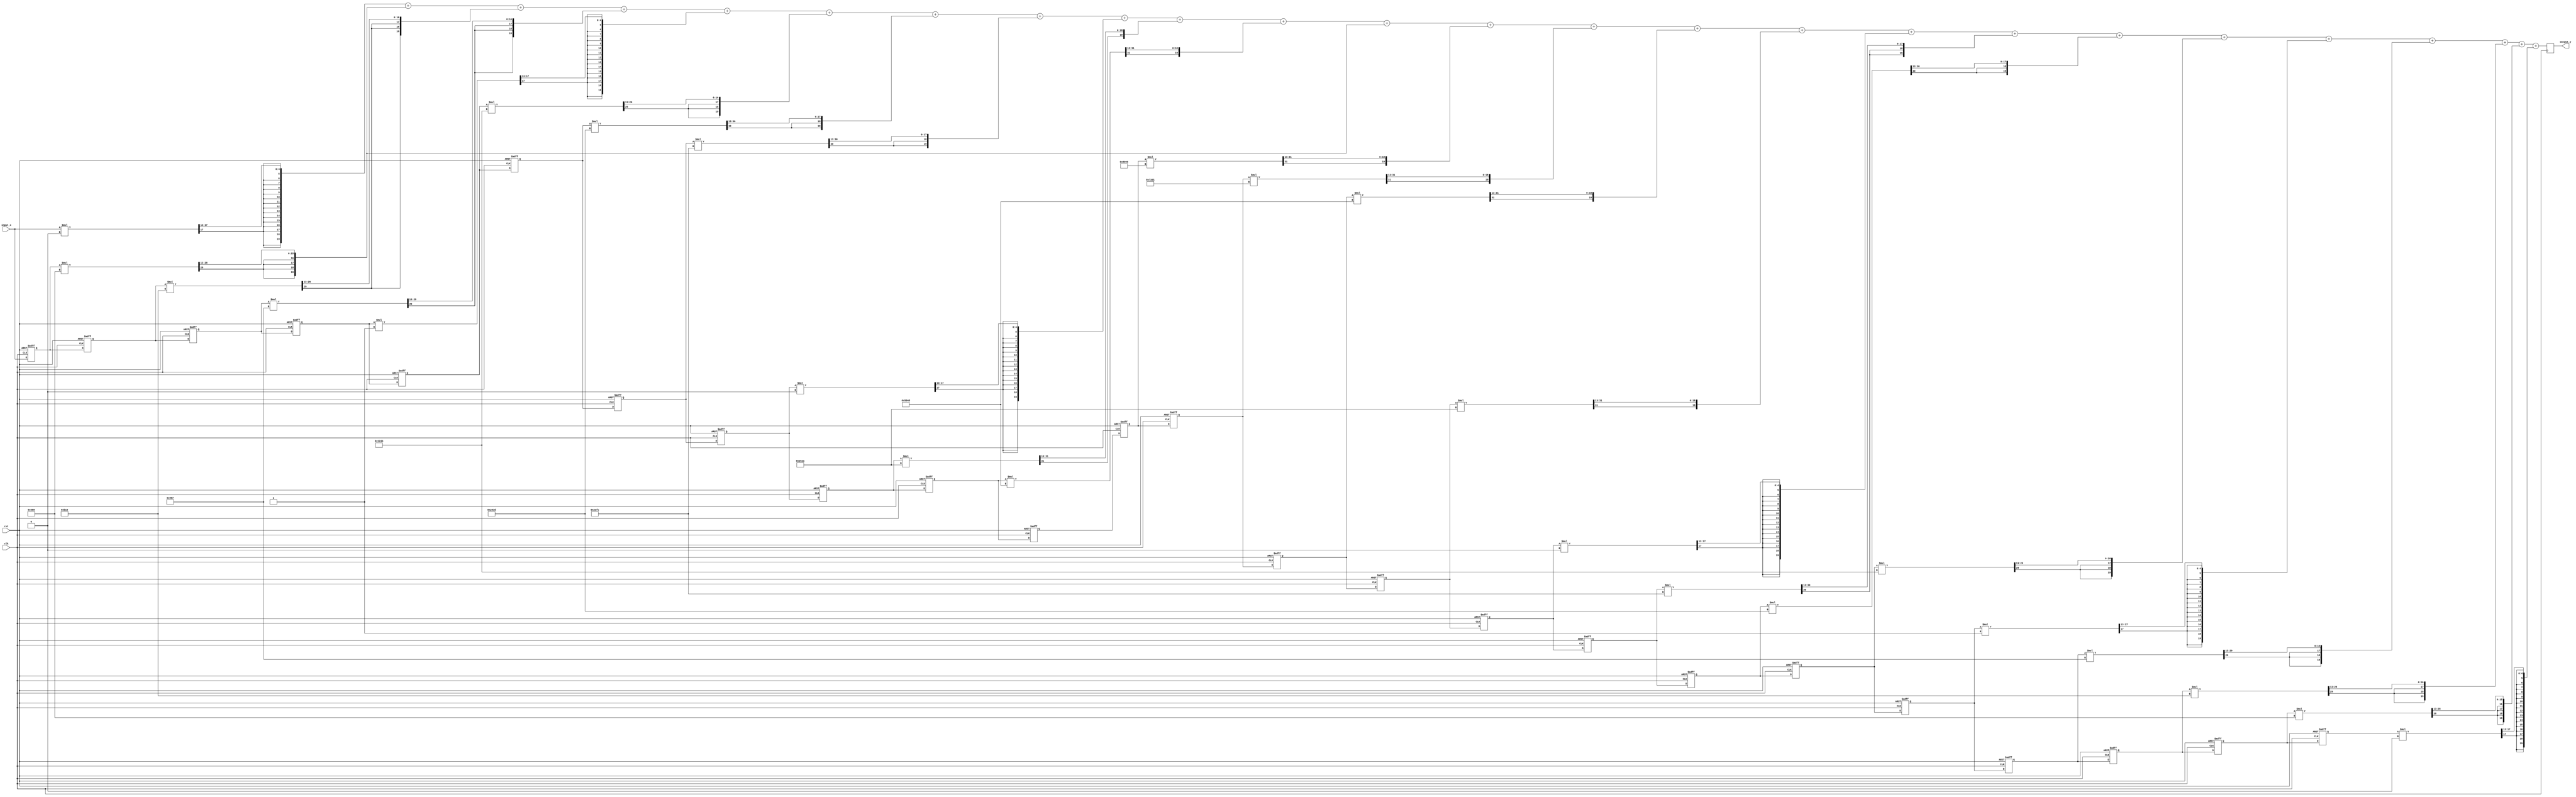
`timescale 1ns / 1ps
//////////////////////////////////////////////////////////////////////////////////
// Company: 
// Engineer: 
// 
// Design Name: 
// Module Name: direct_form
// Project Name: 
// Target Devices: 
// Tool Versions: 
// Description: 
// 
// Dependencies: 
// 
// Revision:
// Revision 0.01 - File Created
// Additional Comments:
// 
//////////////////////////////////////////////////////////////////////////////////


module direct_form( clk, rst, input_x, output_y );
    input clk, rst;
    input signed [16:0] input_x;
    output signed [19:0] output_y;
    reg signed [19:0] output_y;
    wire signed [19:0] direct_output_y;
    reg signed [16:0] directform_reg [0:23];
    wire signed [16:0] h [0:24];
//    wire signed [33:0] w [0:24];
    wire signed [33:0] w0,w1,w2,w3,w4,w5,w6,w7,w8,w9,w10,
                      w11,w12,w13,w14,w15,w16,w17,w18,w19,
                      w20,w21,w22,w23,w24;
//    wire signed [19:0] w_trun [0:24];
    wire signed [19:0] w_trun0,w_trun1,w_trun2,w_trun3,w_trun4,w_trun5,w_trun6,w_trun7,w_trun8,w_trun9,w_trun10,
                      w_trun11,w_trun12,w_trun13,w_trun14,w_trun15,w_trun16,w_trun17,w_trun18,w_trun19,w_trun20,
                      w_trun21,w_trun22,w_trun23,w_trun24;
    wire signed [19:0] add_out [0:22];
    
    // coefficient
    assign h[0] = 0;
    assign h[1] = 1673;
    assign h[2] = 2838;
    assign h[3] = 2407;
    assign h[4] = -1;
    assign h[5] = -3509;
    assign h[6] = -6083;
    assign h[7] = -5380;
    assign h[8] = 0;
    assign h[9] = 9514;
    assign h[10] = 20557;
    assign h[11] = 29393;
    assign h[12] = 32768;
    assign h[13] = 29393;
    assign h[14] = 20557;
    assign h[15] = 9514;
    assign h[16] = 0;
    assign h[17] = -5380;
    assign h[18] = -6083;
    assign h[19] = -3509;
    assign h[20] = -1;
    assign h[21] = 2407;
    assign h[22] = 2838;
    assign h[23] = 1673;
    assign h[24] = 0;
    // multiplication
    assign w0 = input_x*h[0];
    assign w1 = directform_reg[0]*h[1];
    assign w2 = directform_reg[1]*h[2];
    assign w3 = directform_reg[2]*h[3];
    assign w4 = directform_reg[3]*h[4];
    assign w5 = directform_reg[4]*h[5];
    assign w6 = directform_reg[5]*h[6];
    assign w7 = directform_reg[6]*h[7];
    assign w8 = directform_reg[7]*h[8];
    assign w9 = directform_reg[8]*h[9];
    assign w10 = directform_reg[9]*h[10];
    assign w11 = directform_reg[10]*h[11];
    assign w12 = directform_reg[11]*h[12];
    assign w13 = directform_reg[12]*h[13];
    assign w14 = directform_reg[13]*h[14];
    assign w15 = directform_reg[14]*h[15];
    assign w16 = directform_reg[15]*h[16];
    assign w17 = directform_reg[16]*h[17];
    assign w18 = directform_reg[17]*h[18];
    assign w19 = directform_reg[18]*h[19];
    assign w20 = directform_reg[19]*h[20];
    assign w21 = directform_reg[20]*h[21];
    assign w22 = directform_reg[21]*h[22];
    assign w23 = directform_reg[22]*h[23];
    assign w24 = directform_reg[23]*h[24];
//    assign w[0] = input_x*h[0];
//    assign w[1] = directform_reg[0]*h[1];
//    assign w[2] = directform_reg[1]*h[2];
//    assign w[3] = directform_reg[2]*h[3];
//    assign w[4] = directform_reg[3]*h[4];
//    assign w[5] = directform_reg[4]*h[5];
//    assign w[6] = directform_reg[5]*h[6];
//    assign w[7] = directform_reg[6]*h[7];
//    assign w[8] = directform_reg[7]*h[8];
//    assign w[9] = directform_reg[8]*h[9];
//    assign w[10] = directform_reg[9]*h[10];
//    assign w[11] = directform_reg[10]*h[11];
//    assign w[12] = directform_reg[11]*h[12];
//    assign w[13] = directform_reg[12]*h[13];
//    assign w[14] = directform_reg[13]*h[14];
//    assign w[15] = directform_reg[14]*h[15];
//    assign w[16] = directform_reg[15]*h[16];
//    assign w[17] = directform_reg[16]*h[17];
//    assign w[18] = directform_reg[17]*h[18];
//    assign w[19] = directform_reg[18]*h[19];
//    assign w[20] = directform_reg[19]*h[20];
//    assign w[21] = directform_reg[20]*h[21];
//    assign w[22] = directform_reg[21]*h[22];
//    assign w[23] = directform_reg[22]*h[23];
//    assign w[24] = directform_reg[23]*h[24];
    // truncation
    assign w_trun0 = w0[31:12];
    assign w_trun1 = w1[31:12];
    assign w_trun2 = w2[31:12];
    assign w_trun3 = w3[31:12];
    assign w_trun4 = w4[31:12];
    assign w_trun5 = w5[31:12];
    assign w_trun6 = w6[31:12];
    assign w_trun7 = w7[31:12];
    assign w_trun8 = w8[31:12];
    assign w_trun9 = w9[31:12];
    assign w_trun10 = w10[31:12];
    assign w_trun11 = w1[31:12];
    assign w_trun12 = w12[31:12];
    assign w_trun13 = w13[31:12];
    assign w_trun14 = w14[31:12];
    assign w_trun15 = w15[31:12];
    assign w_trun16 = w16[31:12];
    assign w_trun17 = w17[31:12];
    assign w_trun18 = w18[31:12];
    assign w_trun19 = w19[31:12];
    assign w_trun20 = w20[31:12];
    assign w_trun21 = w21[31:12];
    assign w_trun22 = w22[31:12];
    assign w_trun23 = w23[31:12];
    assign w_trun24 = w24[31:12]; 
//    assign w_trun[0] = w[0][31:12];
//    assign w_trun[1] = w[1][31:12];
//    assign w_trun[2] = w[2][31:12];
//    assign w_trun[3] = w[3][31:12];
//    assign w_trun[4] = w[4][31:12];
//    assign w_trun[5] = w[5][31:12];
//    assign w_trun[6] = w[6][31:12];
//    assign w_trun[7] = w[7][31:12];
//    assign w_trun[8] = w[8][31:12];
//    assign w_trun[9] = w[9][31:12];
//    assign w_trun[10] = w[10][31:12];
//    assign w_trun[11] = w[11][31:12];
//    assign w_trun[12] = w[12][31:12];
//    assign w_trun[13] = w[13][31:12];
//    assign w_trun[14] = w[14][31:12];
//    assign w_trun[15] = w[15][31:12];
//    assign w_trun[16] = w[16][31:12];
//    assign w_trun[17] = w[17][31:12];
//    assign w_trun[18] = w[18][31:12];
//    assign w_trun[19] = w[19][31:12];
//    assign w_trun[20] = w[20][31:12];
//    assign w_trun[21] = w[21][31:12];
//    assign w_trun[22] = w[22][31:12];
//    assign w_trun[23] = w[23][31:12];
//    assign w_trun[24] = w[24][31:12];    
    // addition
//    assign add_out[0] = w_trun[0] + w_trun[1];
//    assign add_out[1] = add_out[0] + w_trun[2];
//    assign add_out[2] = add_out[1] + w_trun[3];
//    assign add_out[3] = add_out[2] + w_trun[4];
//    assign add_out[4] = add_out[3] + w_trun[5];
//    assign add_out[5] = add_out[4] + w_trun[6];
//    assign add_out[6] = add_out[5] + w_trun[7];
//    assign add_out[7] = add_out[6] + w_trun[8];
//    assign add_out[8] = add_out[7] + w_trun[9];
//    assign add_out[9] = add_out[8] + w_trun[10];
//    assign add_out[10] = add_out[9] + w_trun[11];
//    assign add_out[11] = add_out[10] + w_trun[12];
//    assign add_out[12] = add_out[11] + w_trun[13];
//    assign add_out[13] = add_out[12] + w_trun[14];
//    assign add_out[14] = add_out[13] + w_trun[15];
//    assign add_out[15] = add_out[14] + w_trun[16];
//    assign add_out[16] = add_out[15] + w_trun[17];
//    assign add_out[17] = add_out[16] + w_trun[18];
//    assign add_out[18] = add_out[17] + w_trun[19];
//    assign add_out[19] = add_out[18] + w_trun[20];
//    assign add_out[20] = add_out[19] + w_trun[21];
//    assign add_out[21] = add_out[20] + w_trun[22];
//    assign add_out[22] = add_out[21] + w_trun[23];
//    assign output_y = add_out[22] + w_trun[24];    
    
    
    assign add_out[0] = {w_trun0[19], w_trun0[19:1]} + {{w_trun1[19]}, w_trun1[19:1]};
    assign add_out[1] = add_out[0] + {{w_trun2[19]}, w_trun2[19:1]};
    assign add_out[2] = add_out[1] + {{w_trun3[19]}, w_trun3[19:1]};
    assign add_out[3] = add_out[2] + {{w_trun4[19]}, w_trun4[19:1]};
    assign add_out[4] = add_out[3] + {{w_trun5[19]}, w_trun5[19:1]};
    assign add_out[5] = add_out[4] + {{w_trun6[19]}, w_trun6[19:1]};
    assign add_out[6] = add_out[5] + {{w_trun7[19]}, w_trun7[19:1]};
    assign add_out[7] = add_out[6] + {{w_trun8[19]}, w_trun8[19:1]};
    assign add_out[8] = add_out[7] + {{w_trun9[19]}, w_trun9[19:1]};
    assign add_out[9] = add_out[8] + {{w_trun10[19]}, w_trun10[19:1]};
    assign add_out[10] = add_out[9] + {{w_trun11[19]}, w_trun11[19:1]};
    assign add_out[11] = add_out[10] + {{w_trun12[19]}, w_trun12[19:1]};
    assign add_out[12] = add_out[11] + {{w_trun13[19]}, w_trun13[19:1]};
    assign add_out[13] = add_out[12] + {{w_trun14[19]}, w_trun14[19:1]};
    assign add_out[14] = add_out[13] + {{w_trun15[19]}, w_trun15[19:1]};
    assign add_out[15] = add_out[14] + {{w_trun16[19]}, w_trun16[19:1]};
    assign add_out[16] = add_out[15] + {{w_trun17[19]}, w_trun17[19:1]};
    assign add_out[17] = add_out[16] + {{w_trun18[19]}, w_trun18[19:1]};
    assign add_out[18] = add_out[17] + {{w_trun19[19]}, w_trun19[19:1]};
    assign add_out[19] = add_out[18] + {{w_trun20[19]}, w_trun20[19:1]};
    assign add_out[20] = add_out[19] + {{w_trun21[19]}, w_trun21[19:1]};
    assign add_out[21] = add_out[20] + {{w_trun22[19]}, w_trun22[19:1]};
    assign add_out[22] = add_out[21] + {{w_trun23[19]}, w_trun23[19:1]};
    assign direct_output_y = add_out[22] + {{w_trun24[19]}, w_trun24[19:1]};
    
    always@( posedge clk )
    begin
        output_y <= direct_output_y;
    end
 

//    assign output_y = w_trun[0] 
//                    + w_trun[1]
//                    + w_trun[2]
//                    + w_trun[3]
//                    + w_trun[4]
//                    + w_trun[5]
//                    + w_trun[6]
//                    + w_trun[7]
//                    + w_trun[8]
//                    + w_trun[9]
//                    + w_trun[10]
//                    + w_trun[11]
//                    + w_trun[12]
//                    + w_trun[13]
//                    + w_trun[14]
//                    + w_trun[15]
//                    + w_trun[16]
//                    + w_trun[17]
//                    + w_trun[18]
//                    + w_trun[19]
//                    + w_trun[20]
//                    + w_trun[21]
//                    + w_trun[22]
//                    + w_trun[23]
//                    + w_trun[24];
       
    always@(posedge clk or posedge rst) begin
        if (rst == 1) begin
            directform_reg[0] <= 0;
            directform_reg[1] <= 0;
            directform_reg[2] <= 0;
            directform_reg[3] <= 0;
            directform_reg[4] <= 0;
            directform_reg[5] <= 0;
            directform_reg[6] <= 0;
            directform_reg[7] <= 0;
            directform_reg[8] <= 0;
            directform_reg[9] <= 0;
            directform_reg[10] <= 0;
            directform_reg[11] <= 0;
            directform_reg[12] <= 0;
            directform_reg[13] <= 0;
            directform_reg[14] <= 0;
            directform_reg[15] <= 0;
            directform_reg[16] <= 0;
            directform_reg[17] <= 0;
            directform_reg[18] <= 0;
            directform_reg[19] <= 0;
            directform_reg[20] <= 0;
            directform_reg[21] <= 0;
            directform_reg[22] <= 0;
            directform_reg[23] <= 0;
        end else begin
            directform_reg[0] <= input_x;
            directform_reg[1] <= directform_reg[0];
            directform_reg[2] <= directform_reg[1];
            directform_reg[3] <= directform_reg[2];
            directform_reg[4] <= directform_reg[3];
            directform_reg[5] <= directform_reg[4];
            directform_reg[6] <= directform_reg[5];
            directform_reg[7] <= directform_reg[6];
            directform_reg[8] <= directform_reg[7];
            directform_reg[9] <= directform_reg[8];
            directform_reg[10] <= directform_reg[9];
            directform_reg[11] <= directform_reg[10];
            directform_reg[12] <= directform_reg[11];
            directform_reg[13] <= directform_reg[12];
            directform_reg[14] <= directform_reg[13];
            directform_reg[15] <= directform_reg[14];
            directform_reg[16] <= directform_reg[15];
            directform_reg[17] <= directform_reg[16];
            directform_reg[18] <= directform_reg[17];
            directform_reg[19] <= directform_reg[18];
            directform_reg[20] <= directform_reg[19];
            directform_reg[21] <= directform_reg[20];
            directform_reg[22] <= directform_reg[21];
            directform_reg[23] <= directform_reg[22];      
        end    
    end   
endmodule